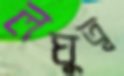
লঘুত্ব